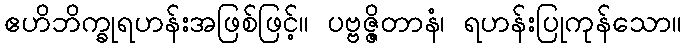
ဧဟိဘိက္ခုရဟန်းအဖြစ်ဖြင့်။ ပဗ္ဗဇ္ဇိတာနံ၊ ရဟန်းပြုကုန်သော။